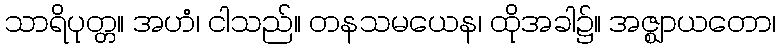
သာရိပုတ္တ။ အဟံ၊ ငါသည်။ တနသမယေန၊ ထိုအခါ၌။ အဇ္ဈာယတော၊